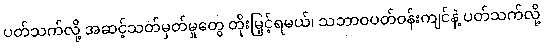
ပတ်သက်လို့ အဆင့်သတ်မှတ်မှုတွေ တိုးမြှင့်ရမယ်၊ သဘာဝပတ်ဝန်းကျင်နဲ့ ပတ်သက်လို့